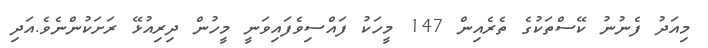
މިއަދު ފެނުނު ކޭސްތަކުގެ ތެރެއިން 147 މީހަކު ފައްސިވެފައިވަނީ މީހުން ދިރިއުޅޭ ރަށަކުންނެވެ.އަދި